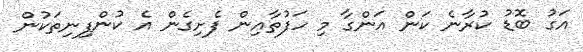
އަގު ބޮޑު ކުރާނެ ކަން އަންގާ މި ހަފުތާއިން ފެށިގެން އެ ކުންފިނިތަކުން